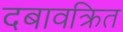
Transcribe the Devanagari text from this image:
दबावक्रित